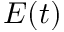
E ( t )